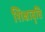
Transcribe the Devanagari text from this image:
शिक्षावृत्ति